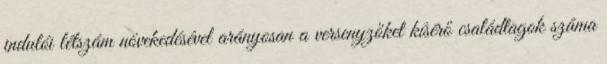
indulói létszám növekedésével arányosan a versenyzőket kísérő családtagok száma